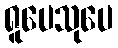
ရူပေသုပေ